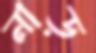
নাড়